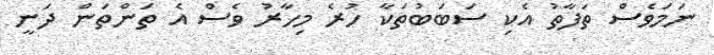
ނަމަވެސް ތަފާތު އެކި ސަބަބުތަކާ ހުރެ މިހާރު ވެސް އެ ތަންތަން ދަނީ